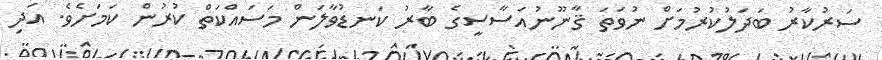
ސަރުކާރު ބަދަލުކުރުމަށް ނުވަތަ ޤާނޫނުއަސާސީގެ ބާރު ކަނޑުވާލަން މަސައްކަތް ކުރުން ކަމަށެވެ. އަދި